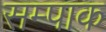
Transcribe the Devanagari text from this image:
सम्पाक